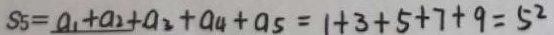
S _ { 5 } = a _ { 1 } + a _ { 2 } + a _ { 3 } + a _ { 4 } + a _ { 5 } = 1 + 3 + 5 + 7 + 9 = 5 ^ { 2 }